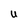
Character: U